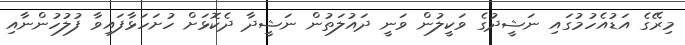
މިރޭގެ އަޑުއެހުމުގައި ނަޝީދުގެ ވަކީލުން ވަނީ ދައުލަތުން ނަޝީދާ ދެކޮޅަށް ހުށަހަޅާފައިވާ ފުލުހުންނާއި